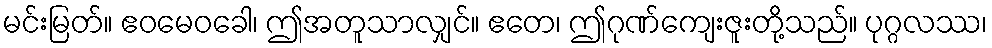
မင်းမြတ်။ ဧဝမေဝခေါ၊ ဤအတူသာလျှင်။ ဧတေ၊ ဤဂုဏ်ကျေးဇူးတို့သည်။ ပုဂ္ဂလဿ၊